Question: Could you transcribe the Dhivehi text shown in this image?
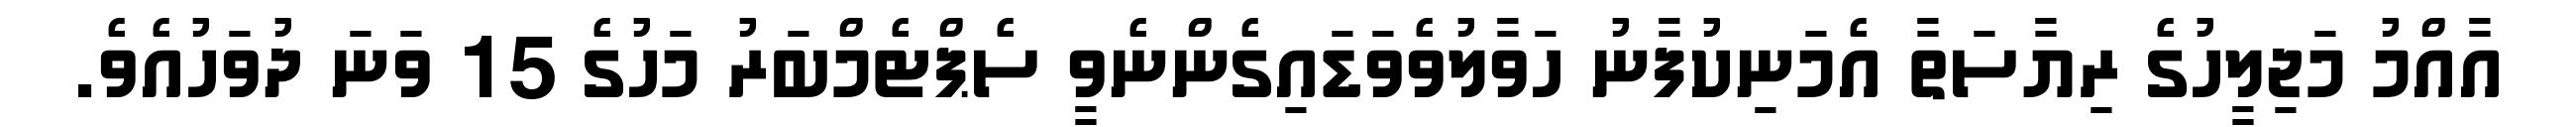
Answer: އާއްމު މަޖިލީހުގެ ރިޔާސަތާ އެމަނިކުފާނު ހަވާލުވެވަޑައިގެންނެވީ ސެޕްޓެމްބަރު މަހުގެ 15 ވަނަ ދުވަހުއެވެ.